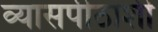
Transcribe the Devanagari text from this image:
व्यासपीठांशी